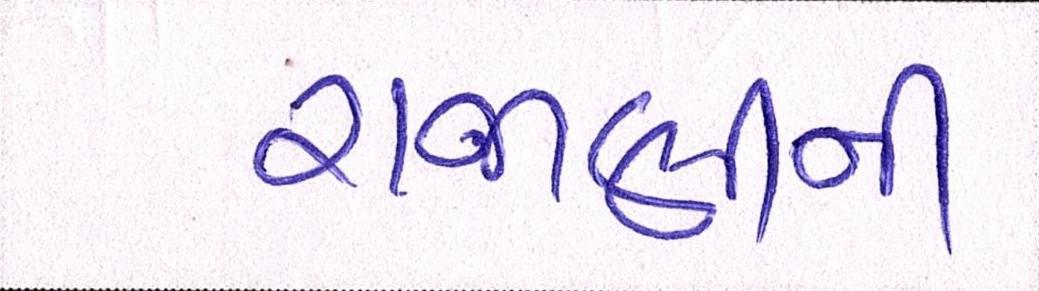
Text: રાજાણીની